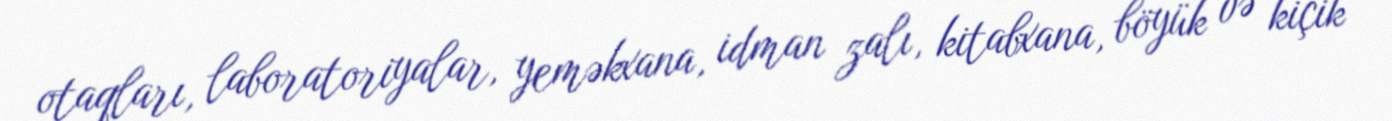
otaqları, laboratoriyalar, yeməkxana, idman zalı, kitabxana, böyük və kiçik